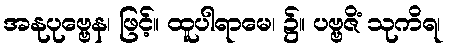
အနုပုဗ္ဗေန၊ ဖြင့်။ ထူပါရာမေ၊ ၌။ ပဗ္ဗဇိံ သုကိရ၊